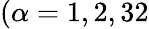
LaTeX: (\alpha=1,2,32